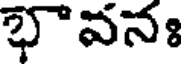
భావనః